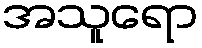
အသူရော